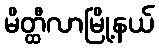
မိတ္ထီလာမြို့နယ်